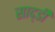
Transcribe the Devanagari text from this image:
साद्डी